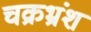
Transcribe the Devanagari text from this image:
चक्रभ्रंश